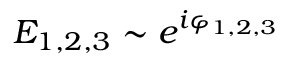
\ensuremath { { \cal E } } _ { 1 , 2 , 3 } \sim e ^ { i \varphi _ { 1 , 2 , 3 } }